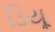
ડિયૂ